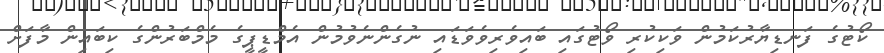
ކޯޓުގެ ފަނޑިޔާރުކަމުން ވަކިކުރި ވޯޓުގައި ބައިވެރިވެވަޑައި ނުގެންނެވުމުން އެމްޑީޕީގެ މެމްބަރުންގެ ކިބައިން މާފަށް